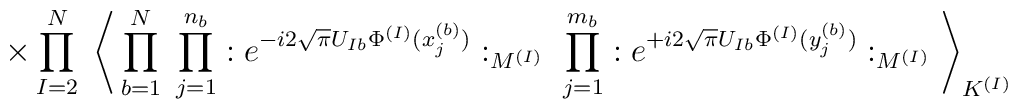
\times \prod_{I=2}^N \;\Bigg\langle\prod_{b=1}^N \; \prod_{j=1}^{n_b}: e^{- i 2 \sqrt{\pi} U_{I b}\Phi^{(I)}(x^{(b)}_j)} :_{M^{(I)}} \;\prod_{j=1}^{m_b}: e^{+ i 2 \sqrt{\pi} U_{I b}\Phi^{(I)}(y^{(b)}_j)} :_{M^{(I)}} \Bigg\rangle_{K^{(I)}}